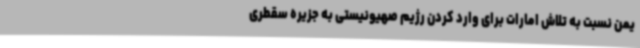
یمن نسبت به تلاش امارات برای وارد کردن رژیم صهیونیستی به جزیره سقطری